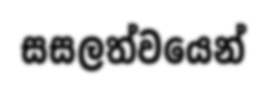
සසලත්වයෙන්